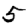
Digit: 5